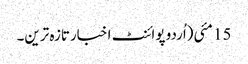
15 مئی(اُردو پوائنٹ اخبارتازہ ترین۔